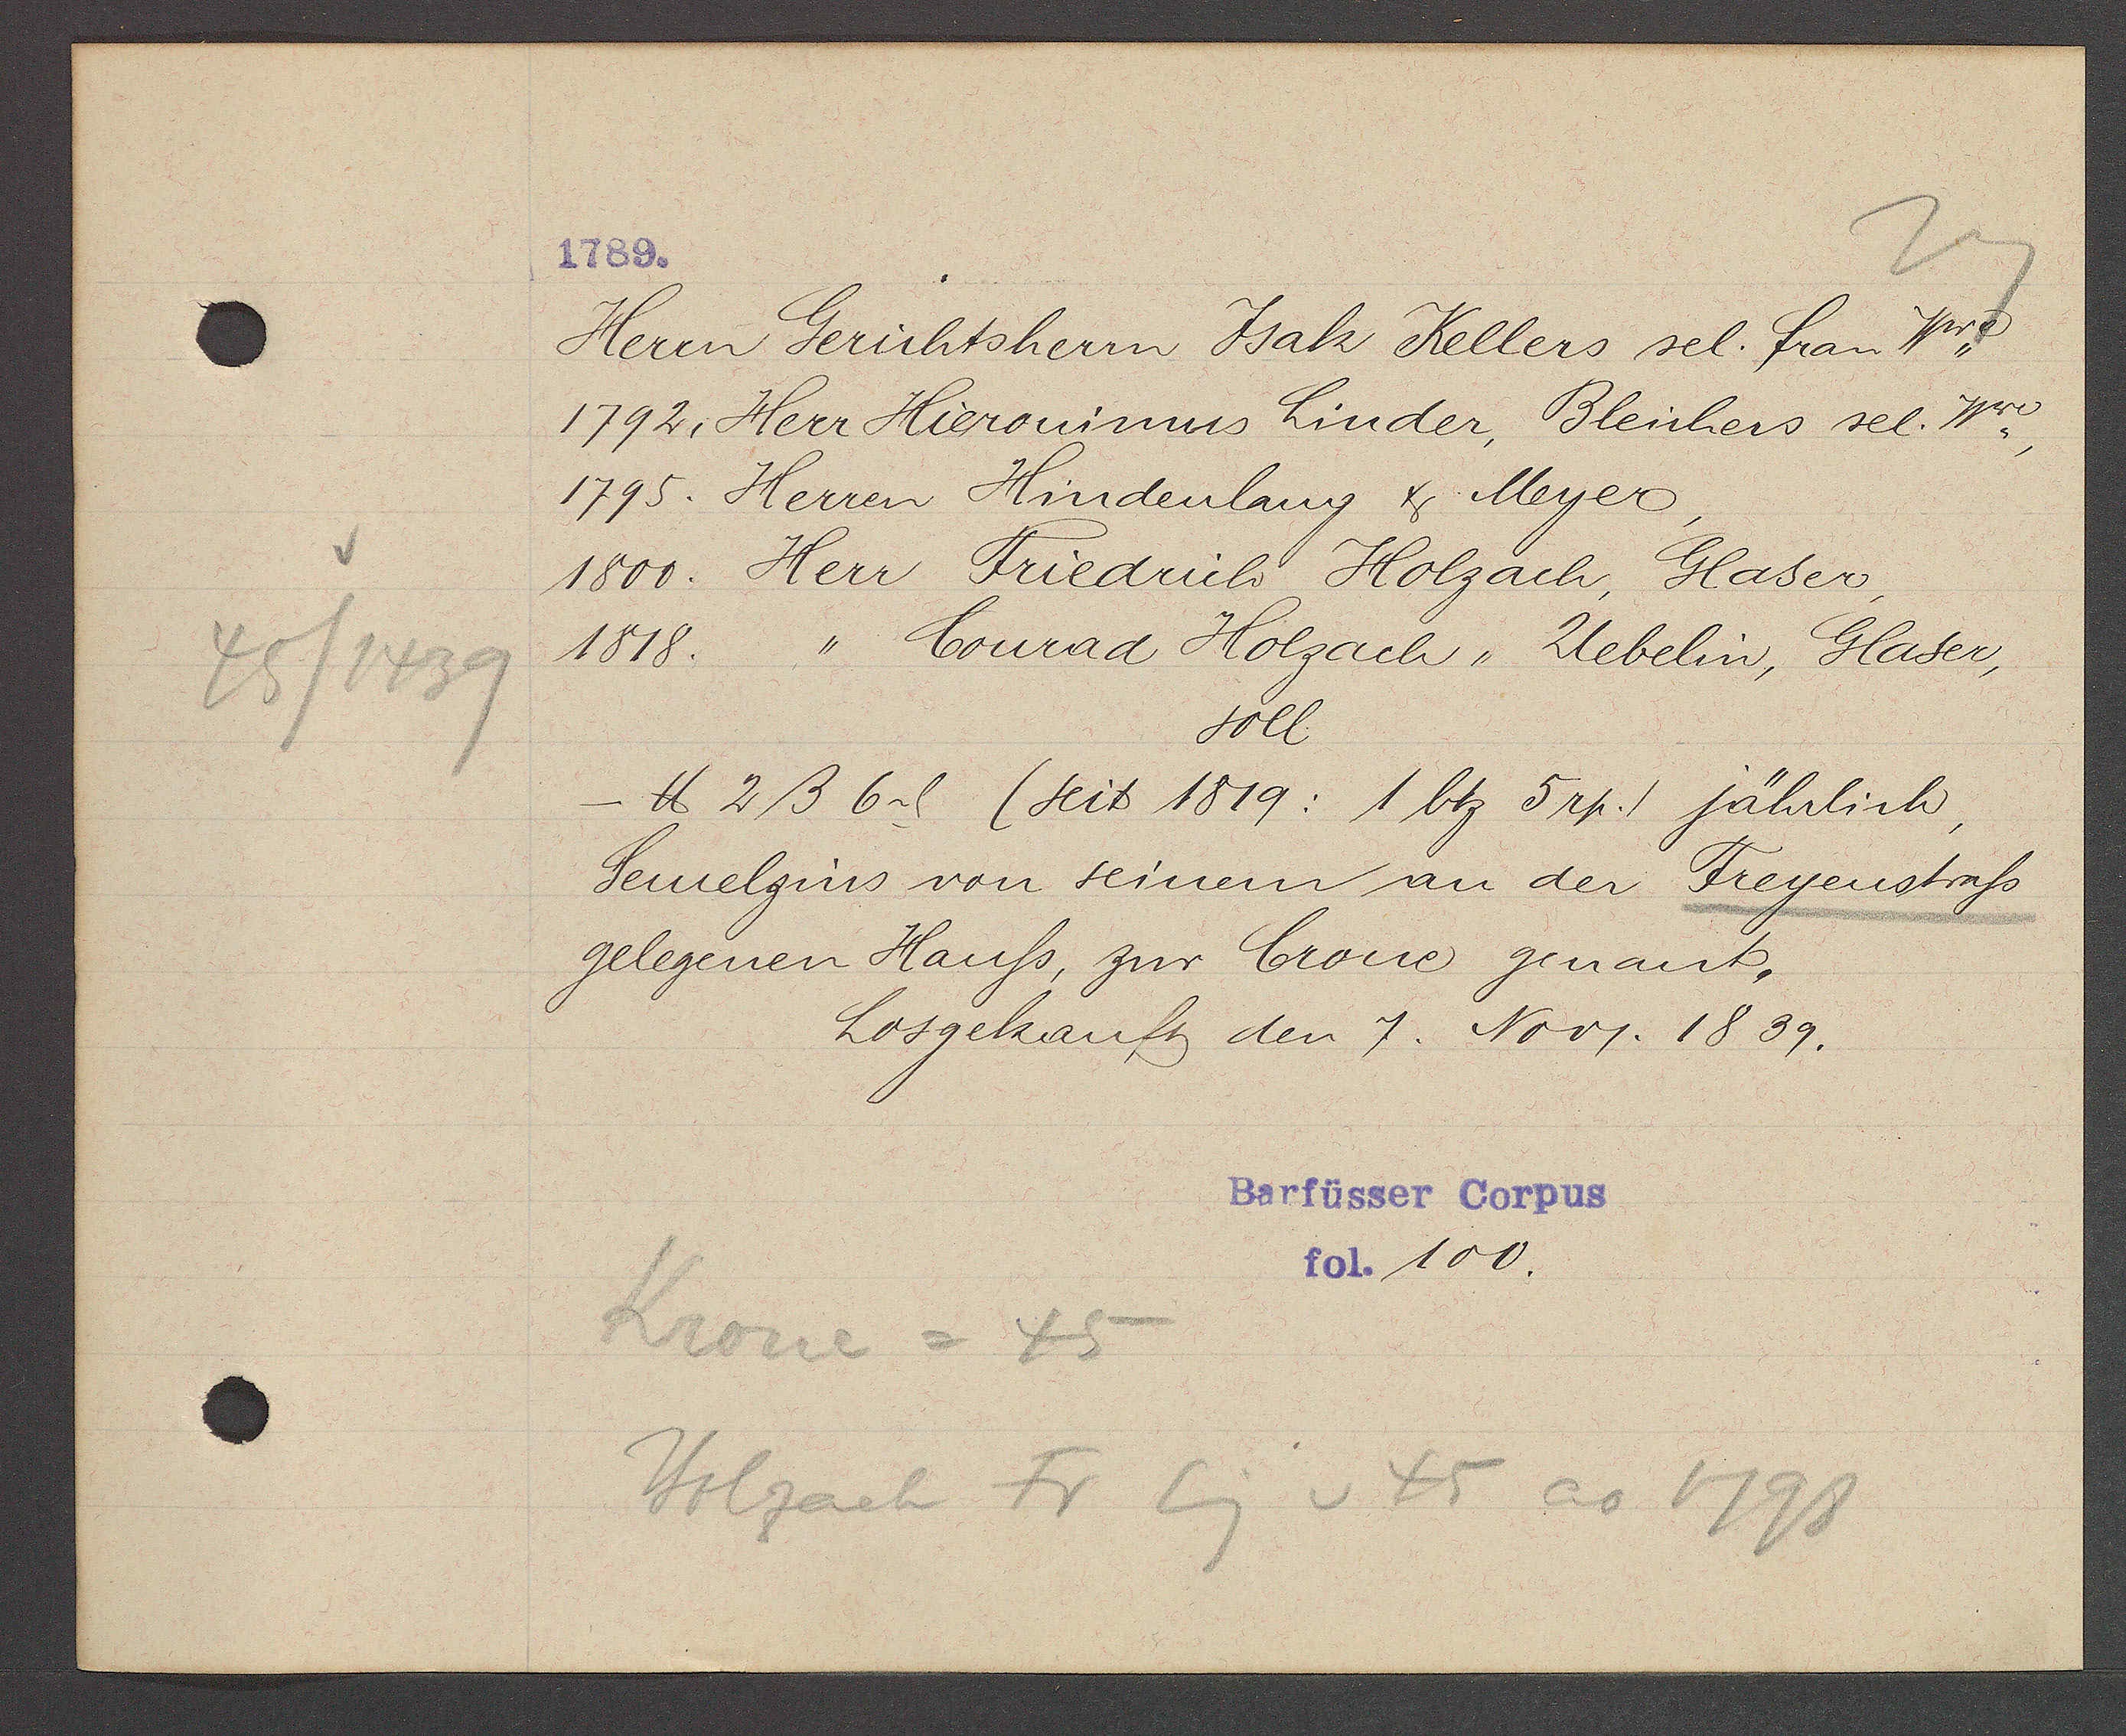
Transcript:
45/1439

1789.

Herrn Gerichtsherrn Jsak Kellers sel. Frau Wwe
1792, Herr Hieronimus Linder, Bleichers sel. Wwe
1795. Herren Hindenlang & Meyer,
1800. Herr Friedrich Holzach, Glaser,
Conrad Holzach, Uebelin, Glaser,
1818.
soll
- ℔ 2ß 6ȡ. (seit 1819: 1 btz 5rp.) jährlich,
Semelzins von seinem an der Freyenstrass,
gelegenen Hauss, zur Crone genant,
Losgekauft den 7. Nov. 1839.

Barfüsser Corpus
fol. 100.

Krone = 45
Holzach Fr Eig v 45 ao 1798